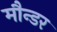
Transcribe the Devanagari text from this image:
मौन्डर